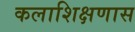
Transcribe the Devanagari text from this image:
कलाशिक्षणास